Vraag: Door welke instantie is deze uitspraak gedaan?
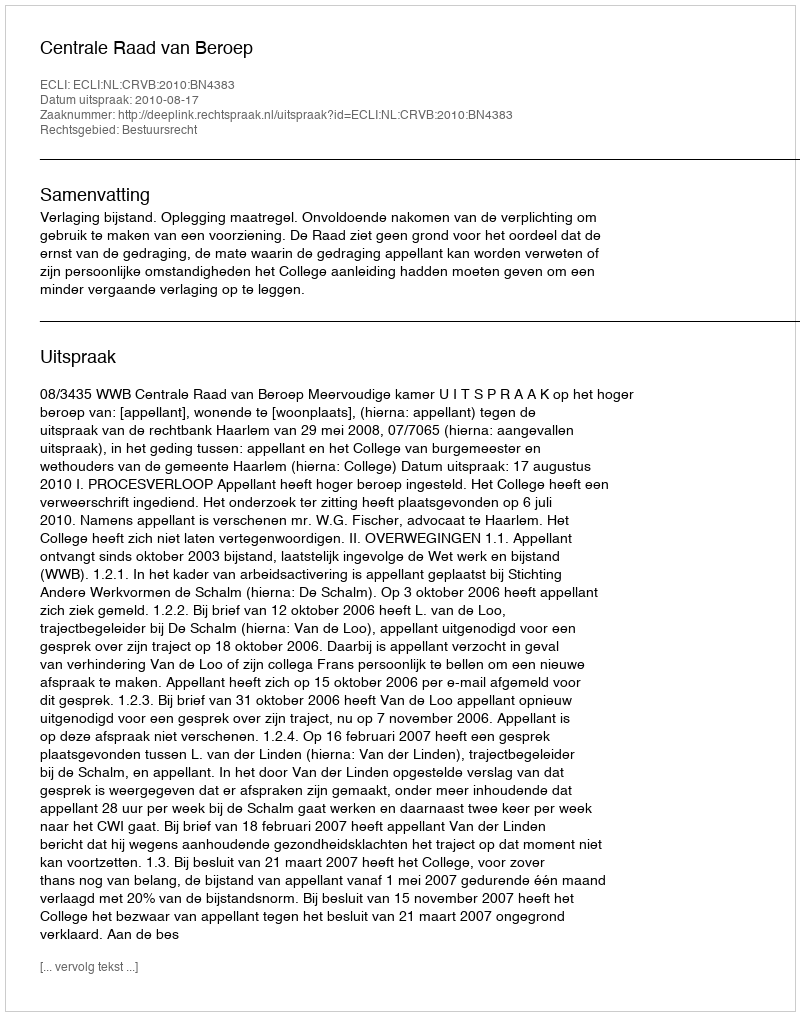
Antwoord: Centrale Raad van Beroep